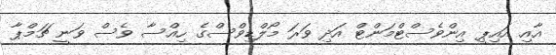
އާއި އައިޕީ އިންވެސްޓްމަންޓް އަދި ވަރަ މޯލްޑިވްސްގެ ހިއްސާ ވެސް ވަނީ ޗަމްޕާ